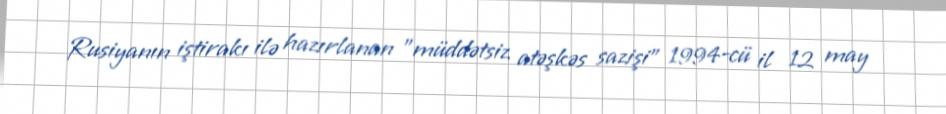
Rusiyanın iştirakı ilə hazırlanan "müddətsiz atəşkəs sazişi" 1994-cü il 12 may